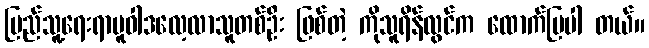
ပြည်သူ့ရေးရာမူဝါဒလေ့လာသူတစ်ဦး ဖြစ်တဲ့ ကိုသူရိန်လွင်က ထောက်ပြပါ တယ်။